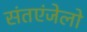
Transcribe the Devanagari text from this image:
संतएंजेलो